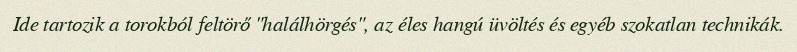
Ide tartozik a torokból feltörő "halálhörgés", az éles hangú üvöltés és egyéb szokatlan technikák.